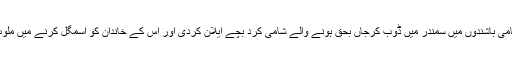
حراست میں لیے گئے شامی باشندوں میں سمندر میں ڈوب کرجاں بحق ہونے والے شامی کرد بچے ایلان کردی اور اس کے خاندان کو اسمگل کرنے میں ملوث عناصر بھی شامل ہیں۔